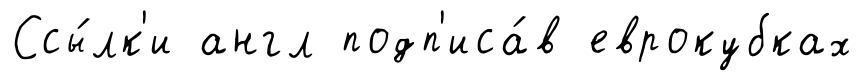
Ссы́лк'и англ подп'иса́в еврокубках